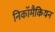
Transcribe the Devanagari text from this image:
निकॉमैकियन